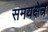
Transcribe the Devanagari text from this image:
समयक्षेत्र